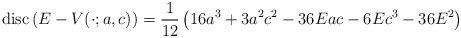
\begin{align*}{\rm disc}\left(E-V(\cdot;a,c)\right)=\frac{1}{12}\left(16a^3+3a^2c^2-36Eac-6Ec^3-36E^2\right)\end{align*}